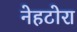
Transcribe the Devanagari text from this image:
नेहटोरा